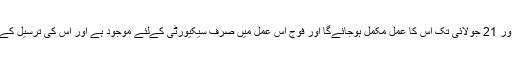
انہوںنے کہاکہ بیلٹ پیپرز کی چھپائی کا عمل جاری ہے اور 21 جولائی تک اس کا عمل مکمل ہوجائےگا اور فوج اس عمل میں صرف سیکیورٹی کےلئے موجود ہے اور اس کی ترسیل کے دوران الیکشن کمیشن کا افسر کی موجودگی ضروری ہے۔